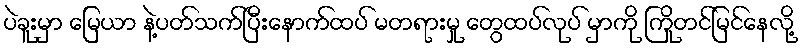
ပဲခူးမှာ မြေယာ နဲ့ပတ်သက်ပြီးနောက်ထပ် မတရားမှု တွေထပ်လုပ် မှာကို ကြိုတင်မြင်နေလို့